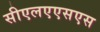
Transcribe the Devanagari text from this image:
सीएलएएसएस